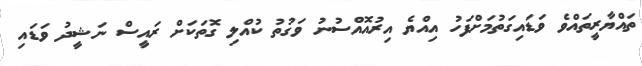
ތައްޔާރީތައްވެ ވަޑައިގަތުމަށްފަހު އިއްޔެ އިރުއޮއްސުނު ވަގުތު ކުއްލި ގޮތަކަށް ރައީސް ނަޝީދު ވަޑައި